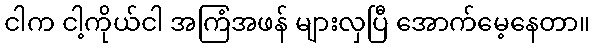
ငါက ငါ့ကိုယ်ငါ အကြံအဖန် များလှပြီ အောက်မေ့နေတာ။